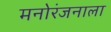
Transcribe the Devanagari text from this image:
मनोरंजनाला